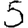
Digit: 5